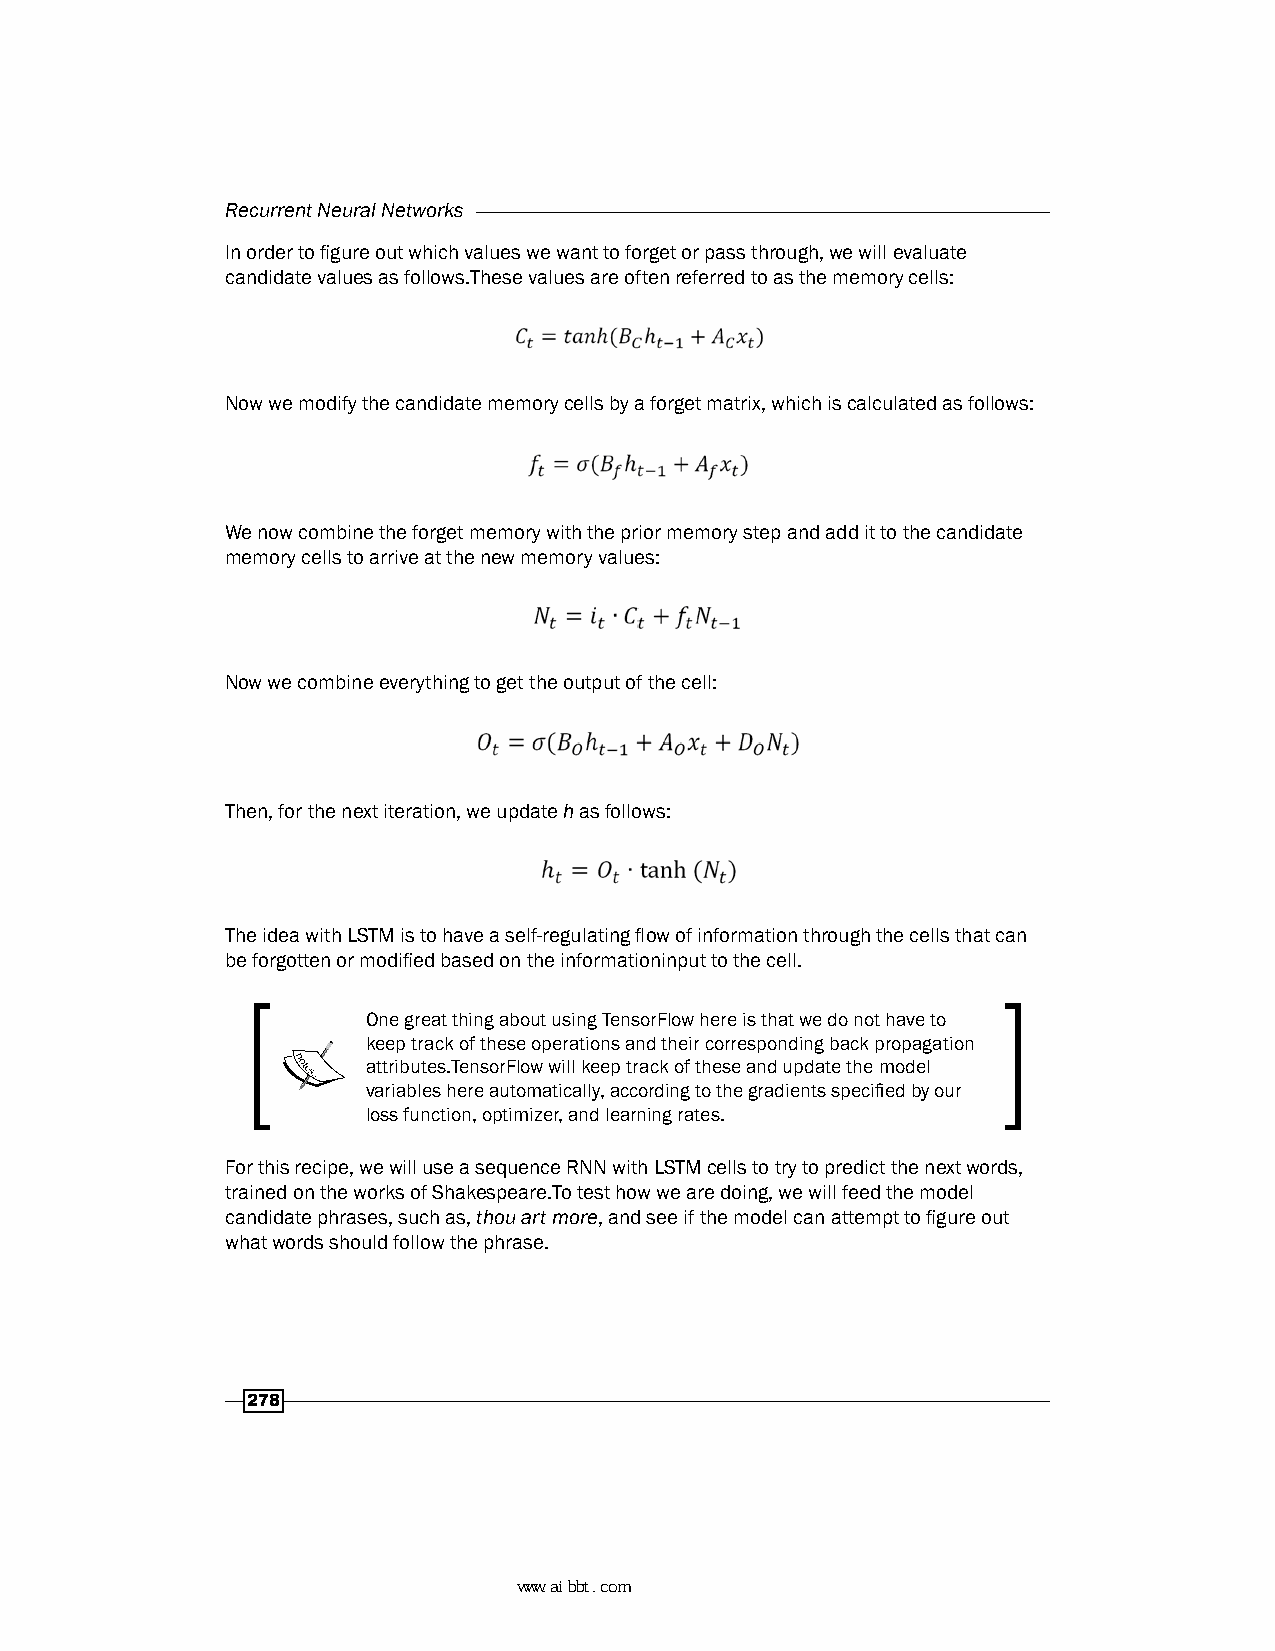
Recurrent Neural Networks
 In order to figure out which values we want to forget or pass through, we will evaluate
 candidate values as follows.These values are often referred to as the memory cells:
 Now we modify the candidate memory cells by a forget matrix, which is calculated as follows:
 We now combine the forget memory with the prior memory step and add it to the candidate
 memory cells to arrive at the new memory values:
 Now we combine everything to get the output of the cell:
 Then, for the next iteration, we update h as follows:
 The idea with LSTM is to have a self-regulating flow of information through the cells that can
 be forgotten or modified based on the informationinput to the cell.
 One great thing about using TensorFlow here is that we do not have to
 keep track of these operations and their corresponding back propagation
 attributes.TensorFlow will keep track of these and update the model
 variables here automatically, according to the gradients specified by our
 loss function, optimizer, and learning rates.
 For this recipe, we will use a sequence RNN with LSTM cells to try to predict the next words,
 trained on the works of Shakespeare.To test how we are doing, we will feed the model
 candidate phrases, such as, thou art more, and see if the model can attempt to figure out
 what words should follow the phrase.
 278
 www.aibbt.com 让未来触手可及